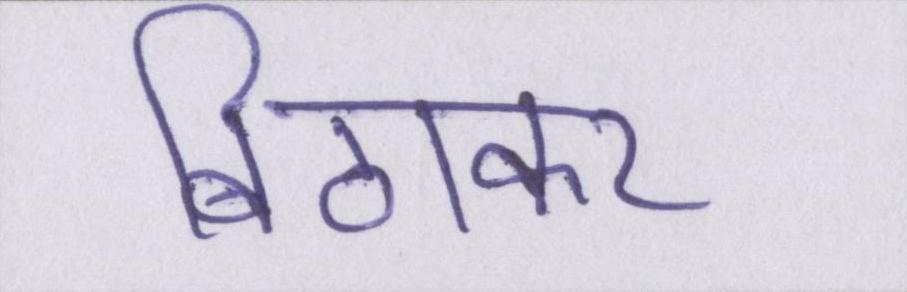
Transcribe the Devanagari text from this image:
बिठाकर